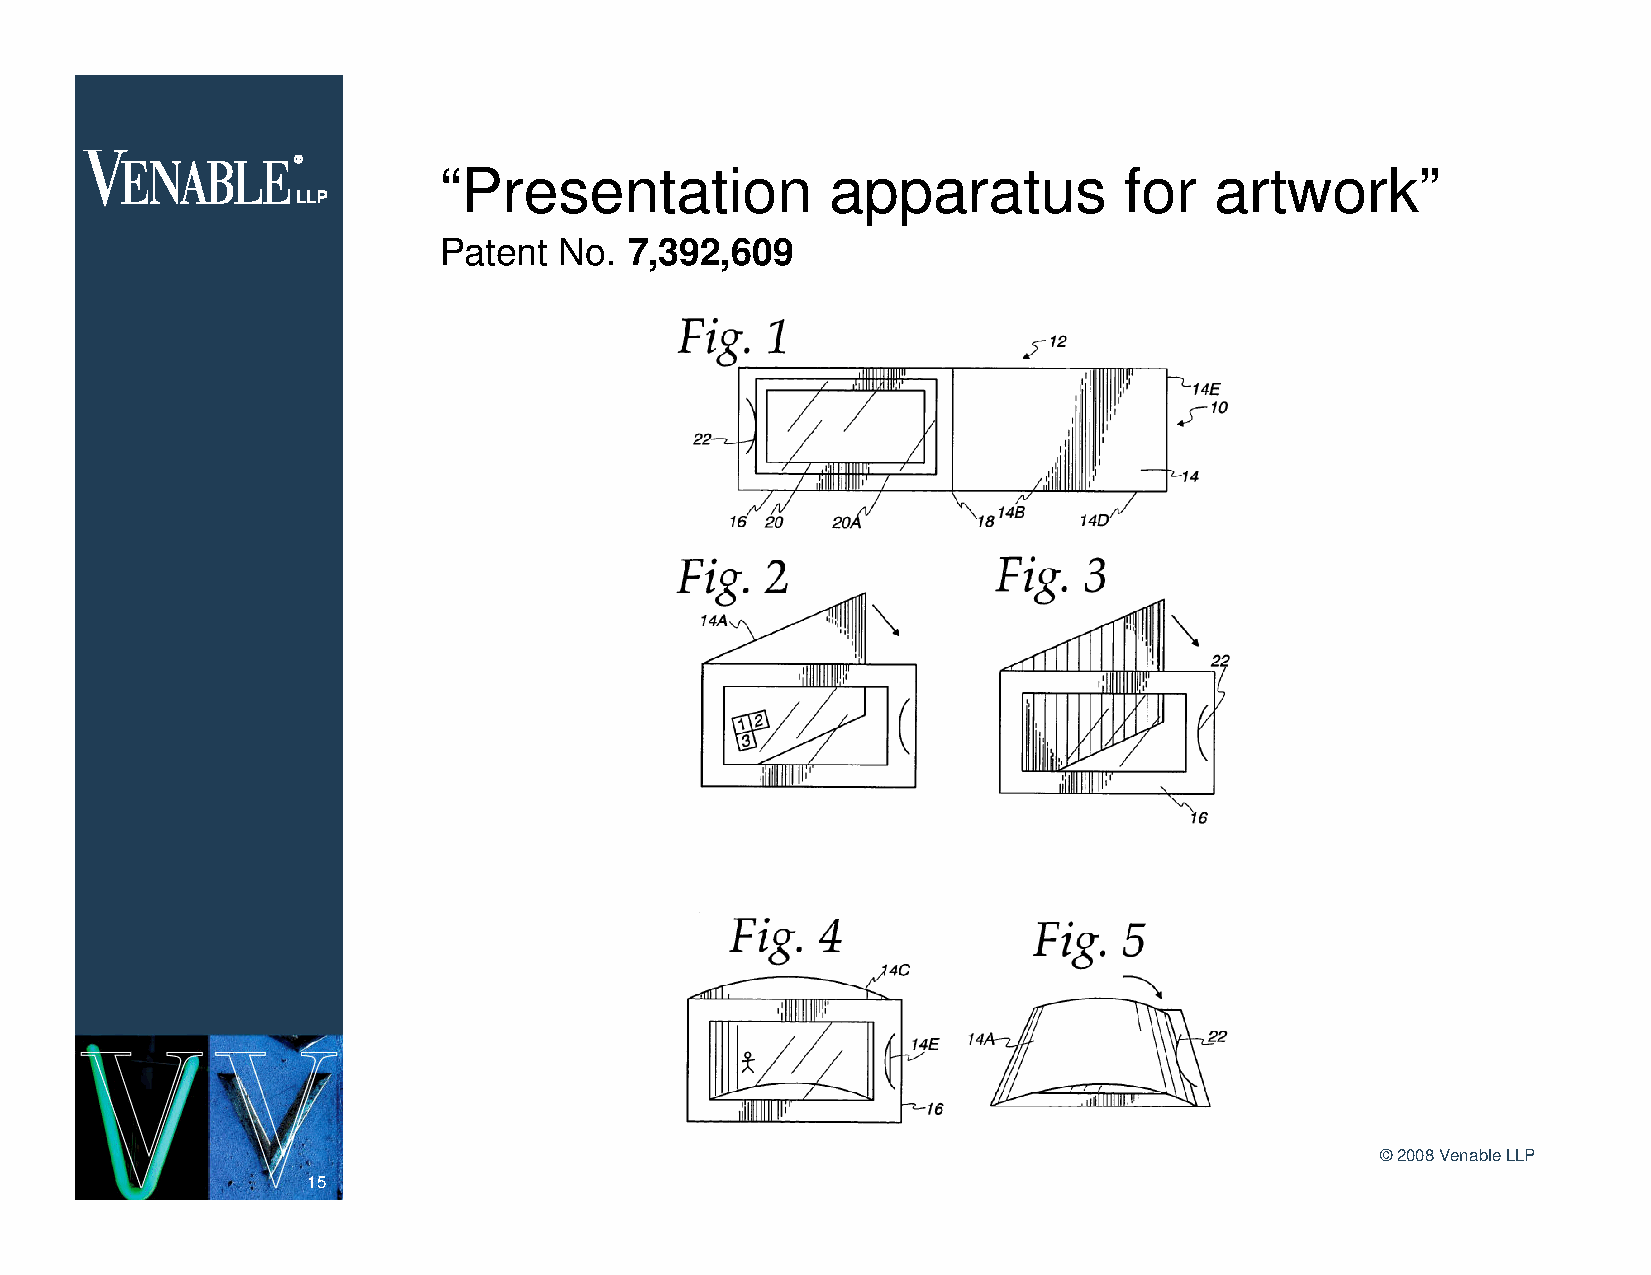
“Presentation             apparatus          for   artwork”
 Patent  No.  7,392,609
 ©2008 Venable LLP
 15